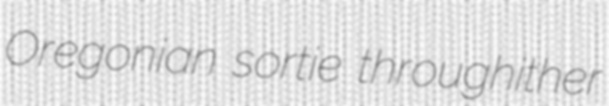
Oregonian sortie throughither